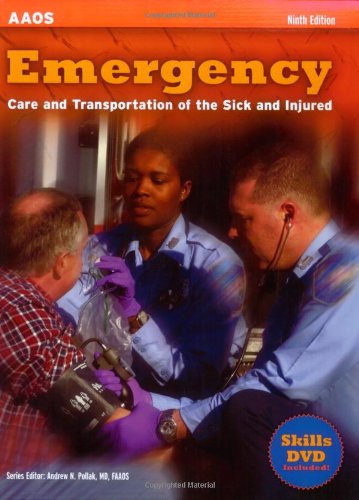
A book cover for Emergency Care and Transportation of the Sick and Injured, Ninth Edition; AAOS; Medical Books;